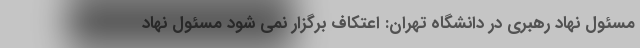
مسئول نهاد رهبری در دانشگاه تهران: اعتکاف برگزار نمی شود مسئول نهاد